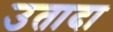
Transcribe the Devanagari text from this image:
उतादा